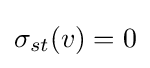
\sigma _{st}(v)=0